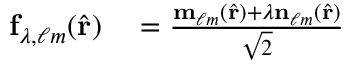
\begin{array} { r l } { \mathbf { f } _ { \lambda , \ell m } ( \hat { \mathbf { r } } ) } & { { } = \frac { \mathbf { m } _ { \ell m } ( \hat { \mathbf { r } } ) + \lambda \mathbf { n } _ { \ell m } ( \hat { \mathbf { r } } ) } { \sqrt { 2 } } } \end{array}